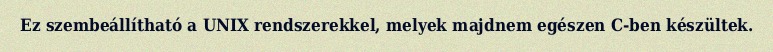
Ez szembeállítható a UNIX rendszerekkel, melyek majdnem egészen C-ben készültek.